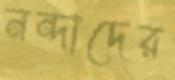
নন্দাদের